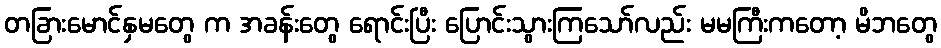
တခြားမောင်နှမတွေ က အခန်းတွေ ရောင်းပြီး ပြောင်းသွားကြသော်လည်း မမကြီးကတော့ မိဘတွေ